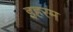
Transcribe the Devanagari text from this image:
इहरम